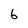
Character: 6